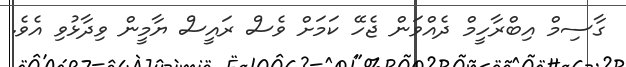
ގާސިމް އިބްރާހީމް ދެއްވަން ޖެހޭ ކަމަށް ވެސް ރައީސް ޔާމީން ވިދާޅުވި އެވެ.